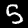
Label: 5